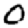
Digit: 0